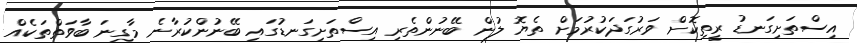
އިސްތަށިގަނޑު ރީތިކޮށް ވަރުގަދަކުރުމަށް ތެޔޮ ލުން ބޭނުންތެރި އިސްތަށިގަނޑުގައި ބޭނުންކުރާނެ މާގިނަ ބާވަތްތަކެއް